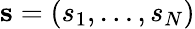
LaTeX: \mathbf{s}=(s_{1},\dots,s_{N})